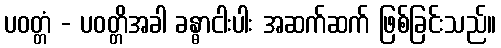
ပဝတ္တံ - ပဝတ္တိအခါ ခန္ဓာငါးပါး အဆက်ဆက် ဖြစ်ခြင်းသည်။